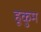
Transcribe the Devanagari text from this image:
हूकुम